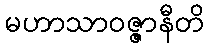
မဟာသာဝဇ္ဇာနီတိ